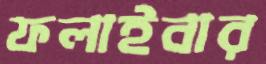
ফলাইবার